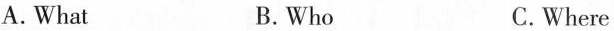
A.What B.Who C.Where